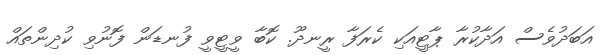
އަބަދުވެސް އަދާކުރާ ޕާޓީއަކި ކެރަފާ ރީނދޫ. ކޮބާ ވީޓީވީ ފުނޑަން ފޮނުވި ކުދިންތައް